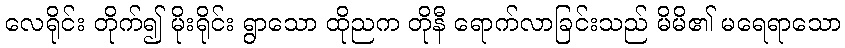
လေရိုင်း တိုက်၍ မိုးရိုင်း ရွာသော ထိုညက တိုနီ ရောက်လာခြင်းသည် မိမိ၏ မရေရာသော